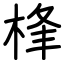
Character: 桻